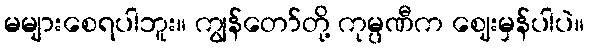
မများစေရပါဘူး။ ကျွန်တော်တို့ ကုမ္ပဏီက ဈေးမှန်ပါပဲ။